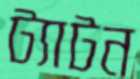
ট্যাটন